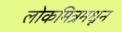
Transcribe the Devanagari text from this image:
लोकमित्रमधून